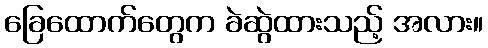
ခြေထောက်တွေက ခဲဆွဲထားသည့် အလား။